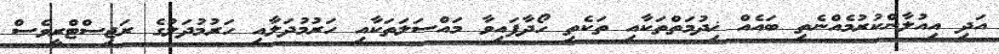
އަދި އިއުލާންކުރުމެއްނެތި ބައެއް ޚިދުމަތްތަކާއި ތަކެތި ހޯދާފައިވާ މައްސަލަތަކާއި ހަރުމުދަލާާއި ހަރުމުދަލުގެ ރަޖިސްޓްރީވެސް